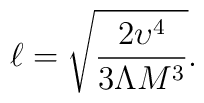
\ell = \sqrt{2\upsilon^4 \over 3\Lambda M^3}.